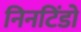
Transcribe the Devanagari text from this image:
निनटिंडो